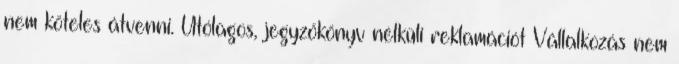
nem köteles átvenni. Utólagos, jegyzőkönyv nélküli reklamációt Vállalkozás nem